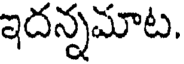
ఇదన్నమాట,